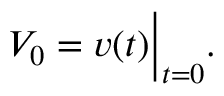
V _ { 0 } = v ( t ) { \Big | } _ { t = 0 } .